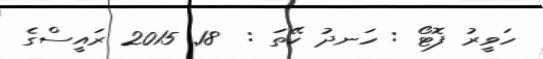
ހަވީރު ފޮޓޯ : ހަނދު ކޭތަ :  18